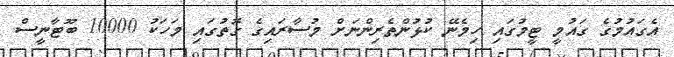
އެގައުމުގެ ގައުމީ ޓީމުގައި ހިމެނޭ ކުޅުންތެރިންނަށް މުސާރައިގެ ގޮތުގައި މަހަކު 10000 ބޫޓާނީސް